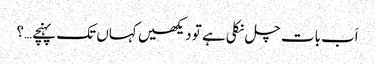
اَب بات چل نکلی ہے تو دیکھیں کہاں تک پہنچے…؟